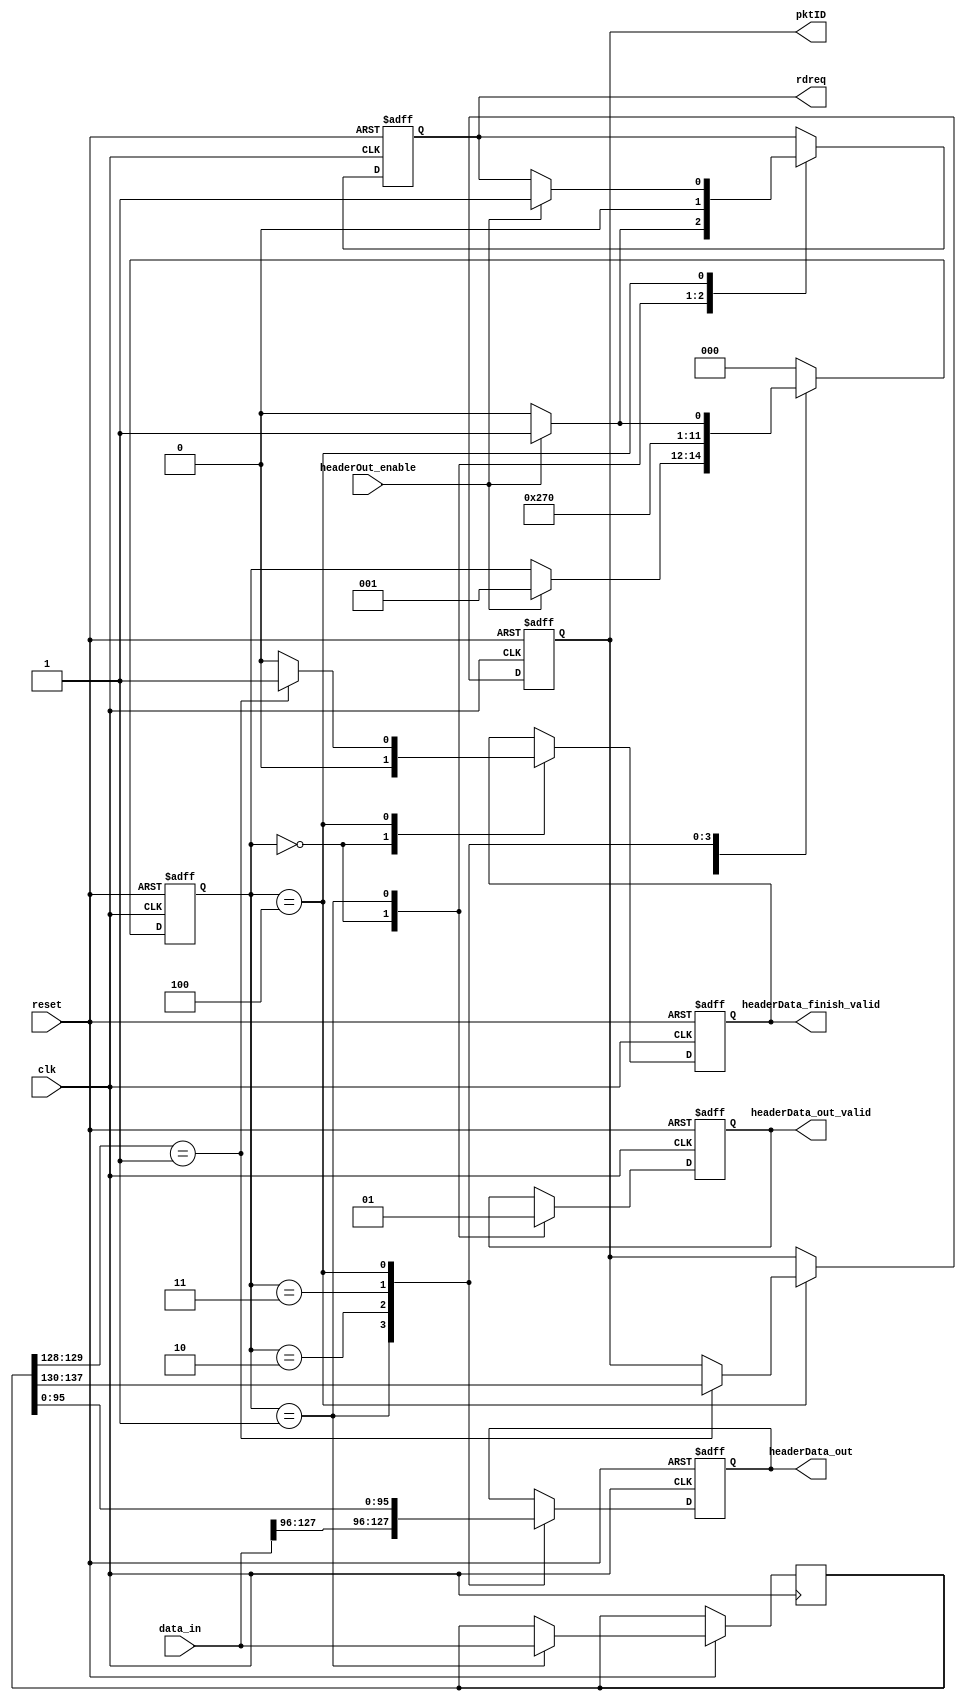
//	Module name: parser->distributor->data_128to32
//	Authority @ lijunnan
//	Last edited time: 2017/02/13
//	Function outline: programmable parser
//

module data_128to32(
clk,
reset,
headerOut_enable,
rdreq,
data_in,
headerData_out_valid,
headerData_out,
headerData_finish_valid,
pktID
);
parameter 	widthPkt = 138,
			widthHeaderData = 32;

input	clk;
input	reset;
input	headerOut_enable;
output	reg	rdreq;
input	[widthPkt-1:0] data_in;
output	reg	headerData_out_valid;
output	reg	[widthHeaderData-1:0] headerData_out;
output	reg	headerData_finish_valid;
output	reg	[7:0]	pktID;

//temp
reg	[widthPkt-1:0]	headerData_temp;
reg [2:0] state;
parameter 	idle = 3'd0,
			read_fifo = 3'd1,
			out_2	= 3'd2,
			out_3	= 3'd3,
			out_4	= 3'd4;
			

always @ (posedge clk or negedge reset) begin
	if(!reset) begin
		headerData_out_valid <= 1'b0;
		headerData_out <= {widthHeaderData{1'b0}};
		rdreq <= 1'b0;
		headerData_finish_valid <= 1'b0;
		pktID <= 8'b0;
		state <= idle;
	end
	else begin
		case(state)
		idle: begin
			headerData_out_valid <= 1'b0;
			headerData_finish_valid <= 1'b0;
			if(headerOut_enable == 1'b1) begin
				rdreq <= 1'b1;
				state <= read_fifo;
			end
			else begin
				rdreq <= 1'b0;
			end
		end
		read_fifo: begin
			rdreq <= 1'b0;
			headerData_temp <= data_in;
			headerData_out_valid <= 1'b1;
			headerData_out <= data_in[127:96]; // need to be changed; parameter format
			state <= out_2;
		end
		out_2: begin
			headerData_out <= headerData_temp[95:64]; // need to be changed; parameter format
			state <= out_3;
		end
		out_3: begin
			headerData_out <= headerData_temp[63:32]; // need to be changed; parameter format
			state <= out_4;
		end
		out_4: begin
			headerData_out <= headerData_temp[31:0]; // need to be changed; parameter format
			if(headerData_temp[129:128]==2'b1) begin 
				headerData_finish_valid <= 1'b1;
				pktID <= headerData_temp[137:130];
				state <= idle;
			end
			else headerData_finish_valid <= 1'b0;
			
			if(headerOut_enable==1'b1) begin
				state <= read_fifo;
				rdreq <= 1'b1;
			end
			else state <= idle;
		end
		default: state <= idle;
		endcase
	end
end


endmodule